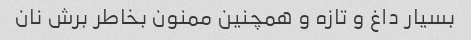
بسیار داغ و تازه و همچنین ممنون بخاطر برش نان